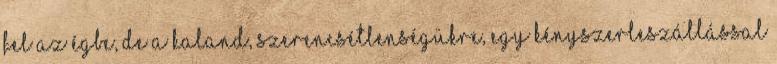
fel az égbe, de a kaland, szerencsétlenségükre, egy kényszerleszállással